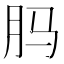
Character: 𬁳